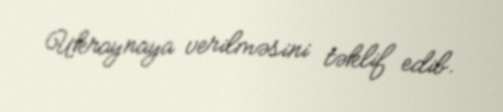
Ukraynaya verilməsini təklif edib.